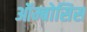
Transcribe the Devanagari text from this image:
ऑम्बोसिस